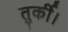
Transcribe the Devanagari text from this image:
तुर्की।